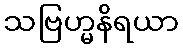
သဗြဟ္မနိရယာ